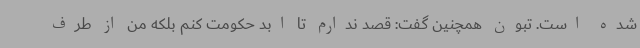
شده است. تبون همچنین گفت: قصد ندارم تا ابد حکومت کنم بلکه من از طرف